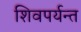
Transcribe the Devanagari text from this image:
शिवपर्यन्त